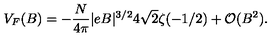
V _ { F } ( B ) = - \frac { N } { 4 \pi } | e B | ^ { 3 / 2 } 4 \sqrt { 2 } \zeta ( - 1 / 2 ) + { \cal O } ( B ^ { 2 } ) .